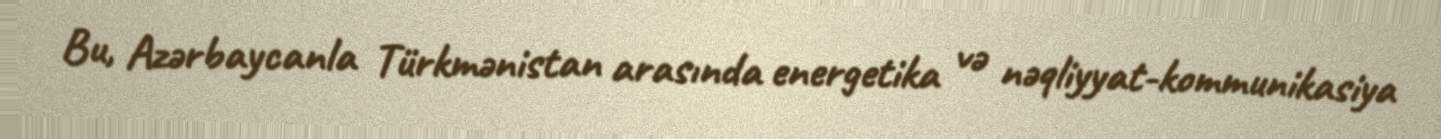
Bu, Azərbaycanla Türkmənistan arasında energetika və nəqliyyat-kommunikasiya